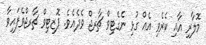
މޮލާރި އާއި ކެރެވި އެއް ގުޅި ނެގެޓިވް ޗާރޖް ވެދެއެވެ. ޕޮޒިޓިވް ޗާރޖްވެފައިވާ